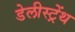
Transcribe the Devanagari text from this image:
डेलीस्ट्रेंथ